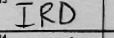
Transcription: IRD